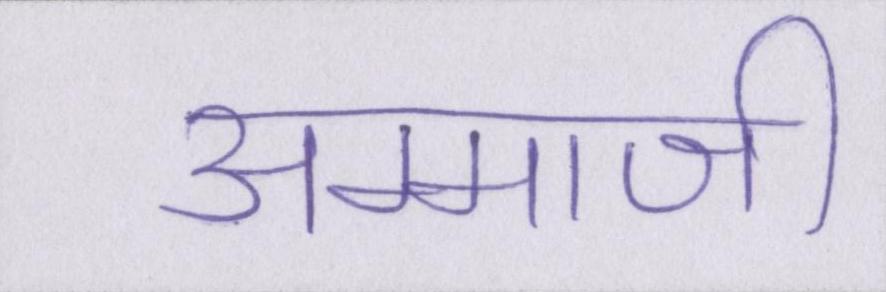
अम्माजी